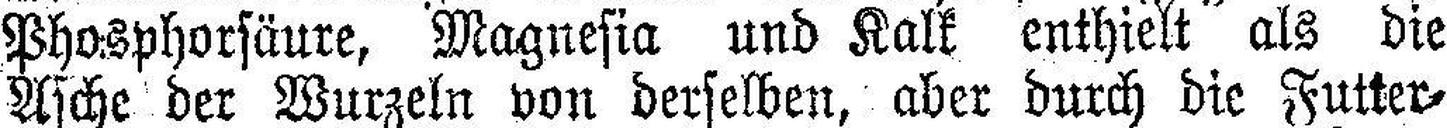
Phosphorsäure, Magnesia und Kalk enthielt als die